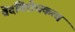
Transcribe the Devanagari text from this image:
वेदविरोधकत्व